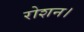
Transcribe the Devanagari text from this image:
रोशन।